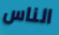
الناس